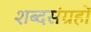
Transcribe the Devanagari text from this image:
शब्दसंग्रहों